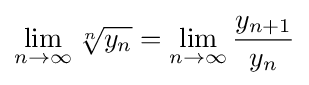
\lim _{n\to \infty }{\sqrt[{n}]{y_{n}}}=\lim _{n\to \infty }{\frac {y_{n+1}}{y_{n}}}